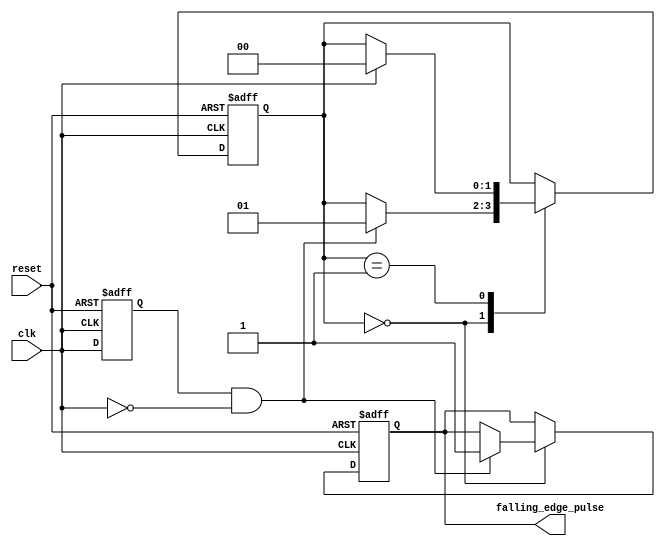
module FallingEdgePulseGenerator (
    input wire clk,
    input wire reset,
    output reg falling_edge_pulse
);

reg [1:0] state;
reg prev_clk;

always @ (posedge clk or posedge reset) begin
    if (reset) begin
        state <= 2'b00;
        prev_clk <= 1'b0;
        falling_edge_pulse <= 1'b0;
    end else begin
        prev_clk <= clk;
        case (state)
            2'b00: begin
                if (prev_clk && ~clk) begin
                    falling_edge_pulse <= 1'b1;
                    state <= 2'b01;
                end
            end
            2'b01: begin
                if (clk) begin
                    state <= 2'b00;
                end
            end
        endcase
    end
end

endmodule